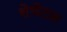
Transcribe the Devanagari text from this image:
शेचेटल